Lunatic asylums Punjab 1868-1880 - 1868-1880
Year: 1868
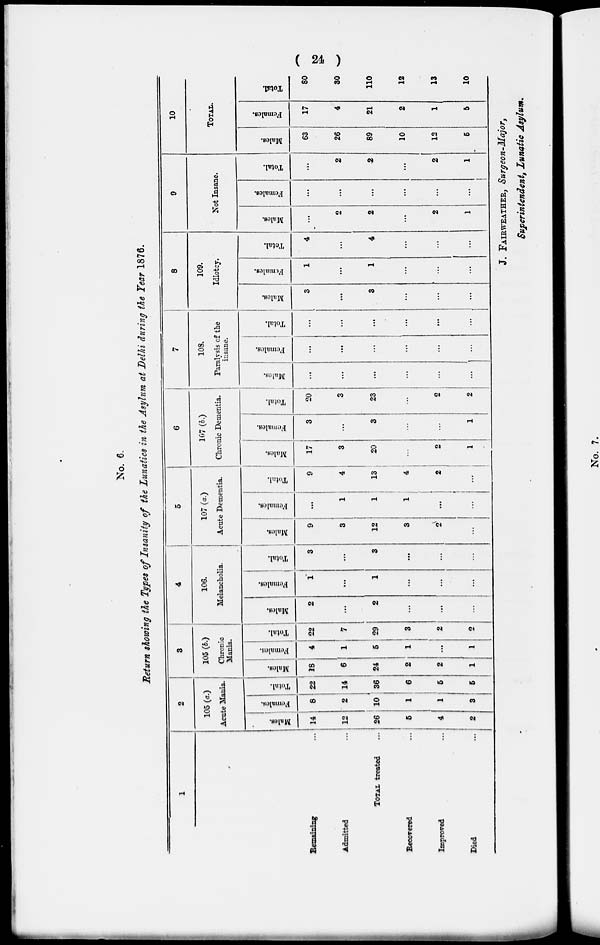
( 24
)
No. 6.
Return showing the Types of Insanity of the Lunatics in the Asylum at Delhi during the Year 1876.
1
Remaining ...
Admitted ...
Total treated ...
Recovered
...
unproved
...
Died ...
2
105 (a.)
Acute Mania.
Males.
14
12
26
5
4
2
Females.
8
2
10
1
1
3
Total.
22
14
36
6
6
6
3
105 (ft.)
Chronic
Mania.
Males.
18
6
24
2
2
1
Females.
4
1
5
1
...
1
Total.
22
7
29
3
2
2
4
106.
Melancholia.
Males.
2
...
2
...
...
...
Females.
1
...
1
...
...
...
Total.
3
...
3
...
...
...
5
107 (a.)
Acute Dementia.
Males.
9
3
12
3
2
...
Females.
...
1
1
1
...
...
Total.
9
4
13
4
2
...
6
107 (b.)
Chronic Dementia.
Males.
17
3
20
...
2
1
Females.
3
...
3
...
...
1
Total.
20
3
23
...
2
2
7
108.
Paralysis of the
insane.
Males.
...
...
...
...
...
...
Females.
...
...
...
...
...
...
Total.
...
...
...
...
...
...
8
109.
Idiotcy.
Males.
3
...
3
...
...
...
Females.
1
...
1
...
...
...
Total.
4
...
4
...
...
...
9
Not Insane.
Males.
...
2
2
...
2
1
Females.
...
...
...
...
...
...
Total.
...
2
2
...
2
1
10
TOTAL.
Males.
63
26
89
10
12
6
Females.
17
4
21
2
1
5
Total
80
30
110
12
13
10
J. FAIRWEATHER, Surgeon-Major,
Superintendent, Lunatic Asylum.